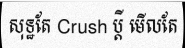
សុទ្ឋតែ Crush ប្តី មើលតែ